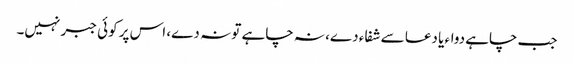
جب چاہے دواء یا دعا سے شفاء دے، نہ چاہے تو نہ دے، اس پر کوئی جبر نہیں۔